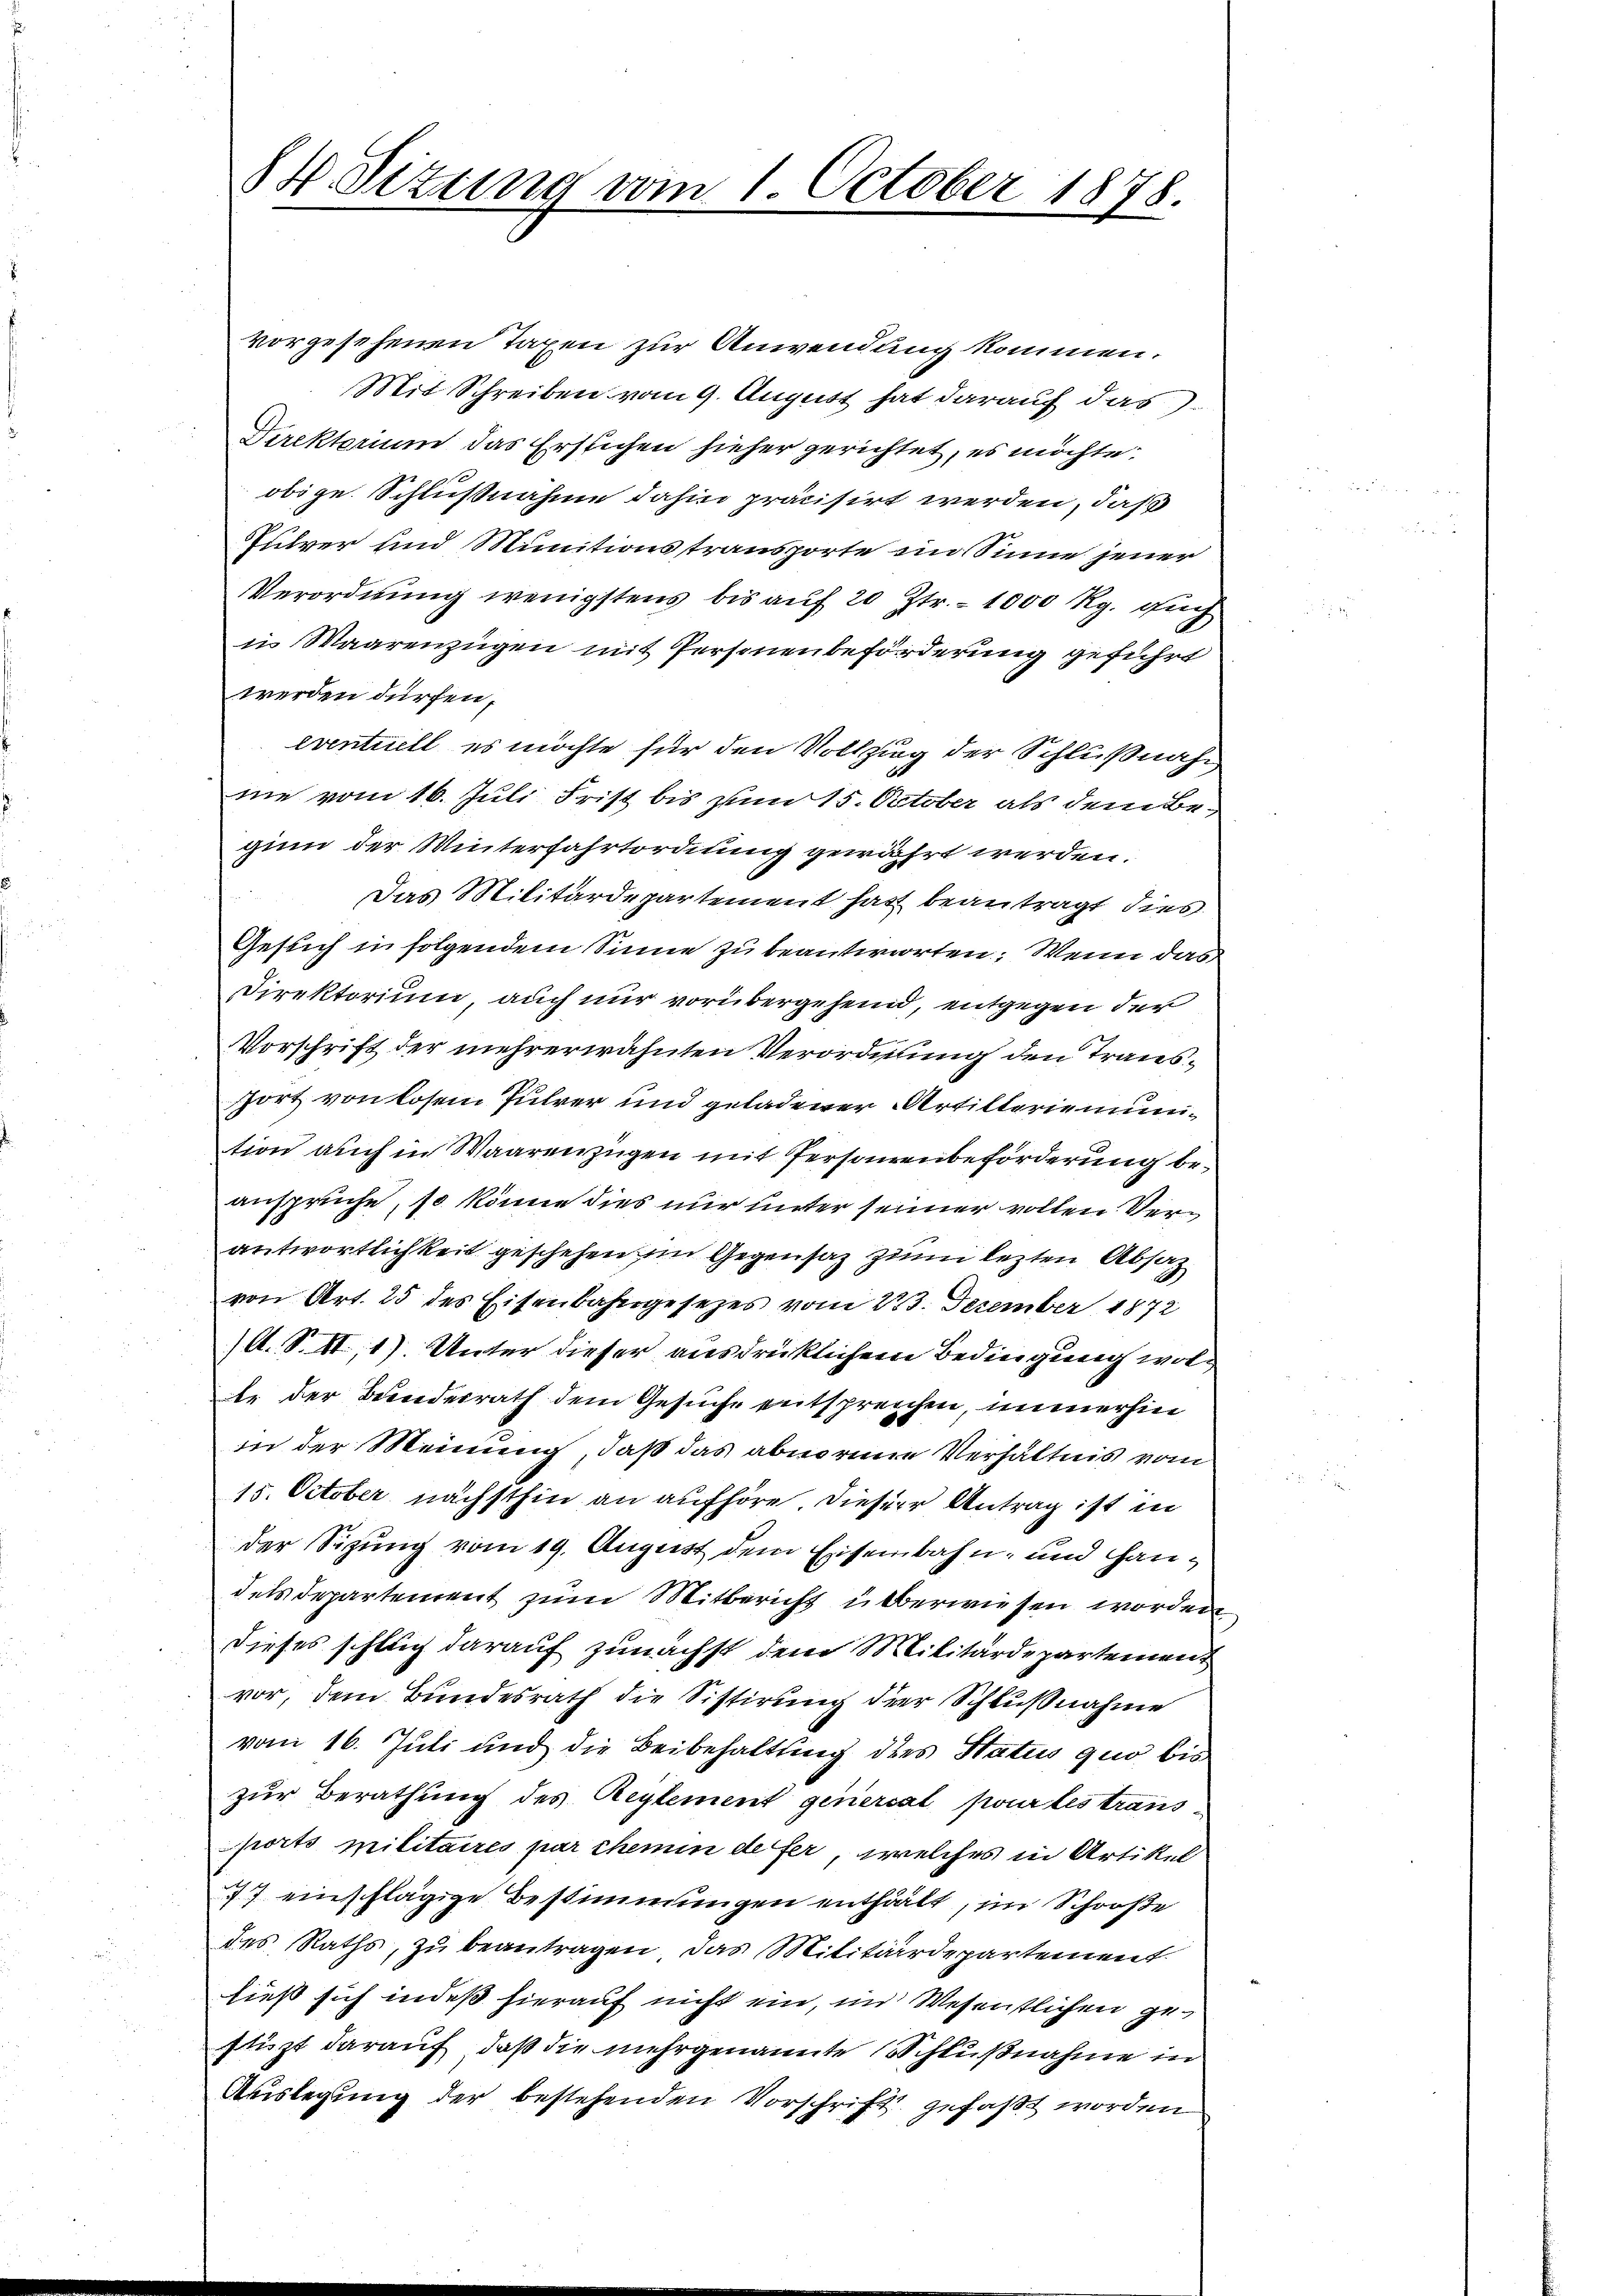
84. Situng vom 1. October 1878.

vorgesehenen Taxen zur Anwendung kommen.
Mit Schreiben vom 9. August hat darauf das
Direktorium das Erstichen hieher gerichtet, es möchte:
obige Schlußnahme dahin präcisirt werden, daß
Julver und Munitionstransporte im Sinne jener
Verordnung wenigstens bis auf 20 Ztr.- 1000 Rg. Fuch
in Waarenzügen mit Personenbeförderung geführt
werden dürfen,
eventuell es möchte für den Vollzung der Schlußnahme vom 16. Juli Frist bis zum 15. October als dem Beginn der Winterfahrtordnung gewährt werden.
Das Militärdepartement hat beantragt dies
Gesuch in folgendem Sinne zu beantworten. Wenn das
Direktorium, auch nur vorübergehend, entgegen der
Vorschrift der mehrerwähnten Verordnung den Transport von losem Fuhrer und geladener Artilterienuntion auch in Waarenzügen mit Personenbeförderung beansprüche, so könne dies nur unter seiner vollen Verantwortlichkeit geschehen in Gegensatz zum lezten Absatz
von Art. 25 des Eisenbahngesezes vom 23. Dezember 1872
(A. S. II, 1) Unter dieser ausdrücklichem Bedingung wol¬
Er der Bundesrath dem Gesuche entsprechen, immerhin
in der Meinung, daß das abnorme Verhältnis vom
15. October nächsthin an aufhöre. Dieser Antrag ist in
der Sitzung vom 19. August dem Eisenbahn- und Handels Departement zum Mitbericht überwiesen worden
dieses schlug darauf zunächst dem Militärdepartement
vor, dem Bundesrath die Sistirung der Schlußnahme
vom 16. Juli und die Beibehaltung dies Status quo bis
zur Berathung des Reglement genercal pourtes traus
ports militaires par chemin defer, welches in Artikel
77 einschlägige Bestimmungen enthält, im Schooße
des Raths, zu beantragen, das Militärdepartement
ließ sich indeß hierauf nicht ein, im Wesentlichen gestüzt darauf, daß die mehrgenannte Schlußnahme in
Auslegung der bestehenden Vorschrift gefaßt worden